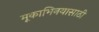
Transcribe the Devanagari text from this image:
मूकाभिनयासाठी